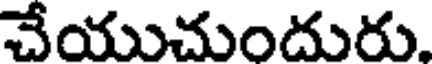
చేయుచుందురు.